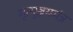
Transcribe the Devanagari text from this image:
मृत्युञ्जयमंत्र